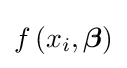
f\left(x_{i},{\boldsymbol {\beta }}\right)